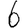
Digit: 6